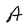
Character: A